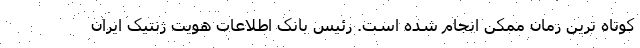
کوتاه ترین زمان ممکن انجام شده است. رئیس بانک اطلاعات هویت ژنتیک ایران